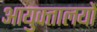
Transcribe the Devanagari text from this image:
आयुक्‍तालयों